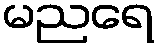
မညရေ